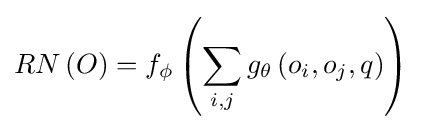
RN\left(O\right)=f_{\phi }\left(\sum _{i,j}g_{\theta }\left(o_{i},o_{j},q\right)\right)